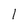
Character: 1